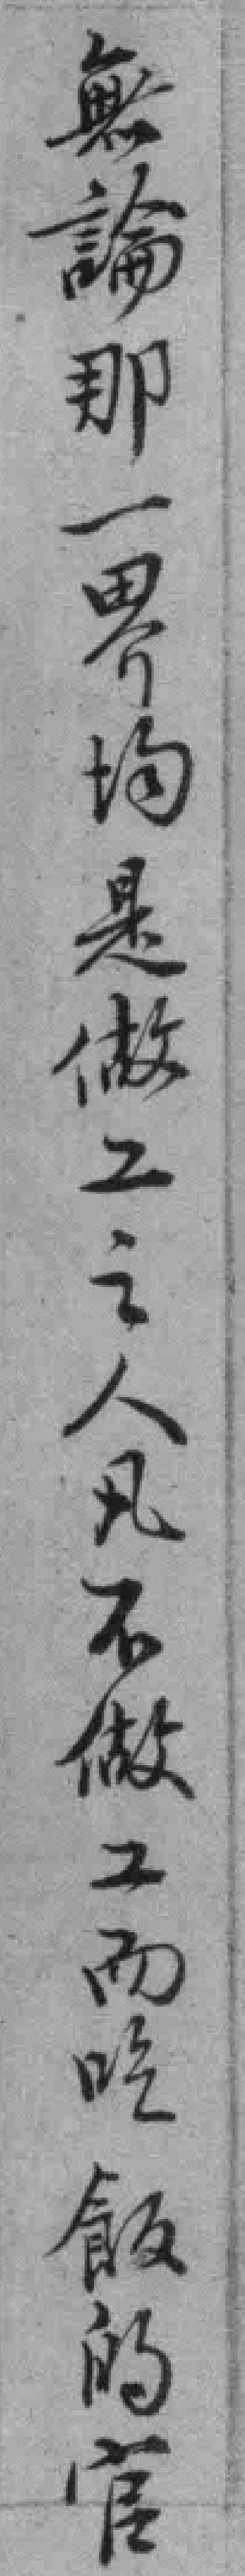
無論那一界均是做工之人凡石做工而吃飯的官